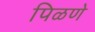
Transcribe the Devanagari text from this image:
पिळणे